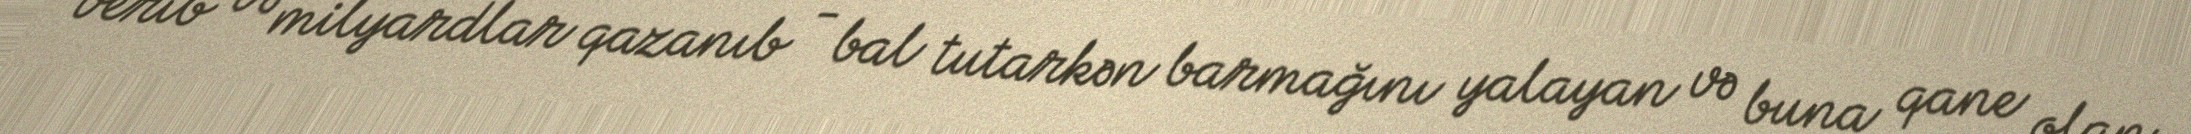
verib və milyardlar qazanıb - bal tutarkən barmağını yalayan və buna qane olan